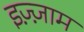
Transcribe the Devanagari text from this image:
इज़्ज़ाम